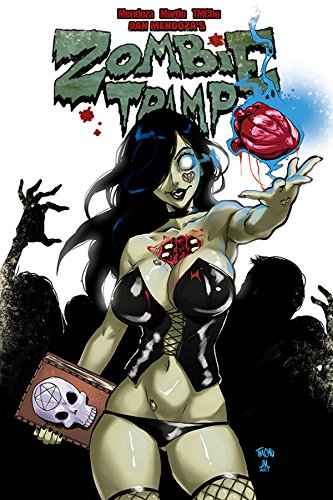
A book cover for Zombie Tramp TP (Zombie Tramp Ongoing Tp); Dan Mendoza; Comics & Graphic Novels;